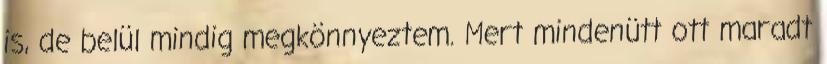
is, de belül mindig megkönnyeztem. Mert mindenütt ott maradt